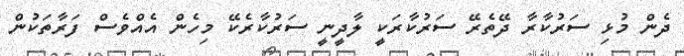
ދެން މުޅި ސަރުކާރާ ދޭތެރޭ ސަރުކާރަކީ ލާދީނީ ސަރުކާރެކޭ މިހެން އެއްވެސް ފަރާތަކުން